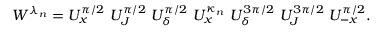
\begin{array} { r } { W ^ { \lambda _ { n } } = U _ { x } ^ { \pi / 2 } ~ U _ { J } ^ { \pi / 2 } ~ U _ { \delta } ^ { \pi / 2 } ~ U _ { x } ^ { \kappa _ { n } } ~ U _ { \delta } ^ { 3 \pi / 2 } ~ U _ { J } ^ { 3 \pi / 2 } ~ U _ { - x } ^ { \pi / 2 } . } \end{array}